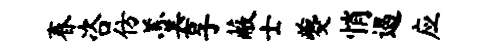
春咨仿羹享蔽士夔悄遏应